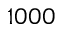
1 0 0 0